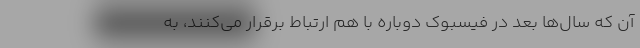
آن که سال‌ها بعد در فیسبوک دوباره با هم ارتباط برقرار می‌کنند، به